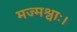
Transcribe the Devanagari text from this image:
मज्मश्वाः।